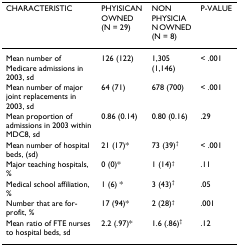
<table><thead><tr><td><b>CHARACTERISTIC</b></td><td><b>PHYISICAN OWNED (N = 29)</b></td><td><b>NON PHYSICIAN OWNED (N = 8)</b></td><td><b>P-VALUE</b></td></tr></thead><tbody><tr><td>Mean number of Medicare admissions in 2003, sd</td><td>126 (122)</td><td>1,305 (1,146)</td><td>&lt; .001</td></tr><tr><td>Mean number of major joint replacements in 2003, sd</td><td>64 (71)</td><td>678 (700)</td><td>&lt; .001</td></tr><tr><td>Mean proportion of admissions in 2003 within MDC8, sd</td><td>0.86 (0.14)</td><td>0.80 (0.16)</td><td>.29</td></tr><tr><td>Mean number of hospital beds, (sd)</td><td>21 (17)*</td><td>73 (39)<sup>†</sup></td><td>&lt; .001</td></tr><tr><td>Major teaching hospitals, %</td><td>0 (0)*</td><td>1 (14)<sup>†</sup></td><td>.11</td></tr><tr><td>Medical school affiliation, %</td><td>1 (6) *</td><td>3 (43)<sup>†</sup></td><td>.05</td></tr><tr><td>Number that are for-profit, %</td><td>17 (94)*</td><td>2 (28)<sup>†</sup></td><td>.001</td></tr><tr><td>Mean ratio of FTE nurses to hospital beds, sd</td><td>2.2 (.97)*</td><td>1.6 (.86)<sup>†</sup></td><td>.12</td></tr></tbody></table>